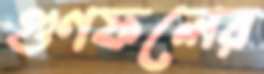
গুণফলের